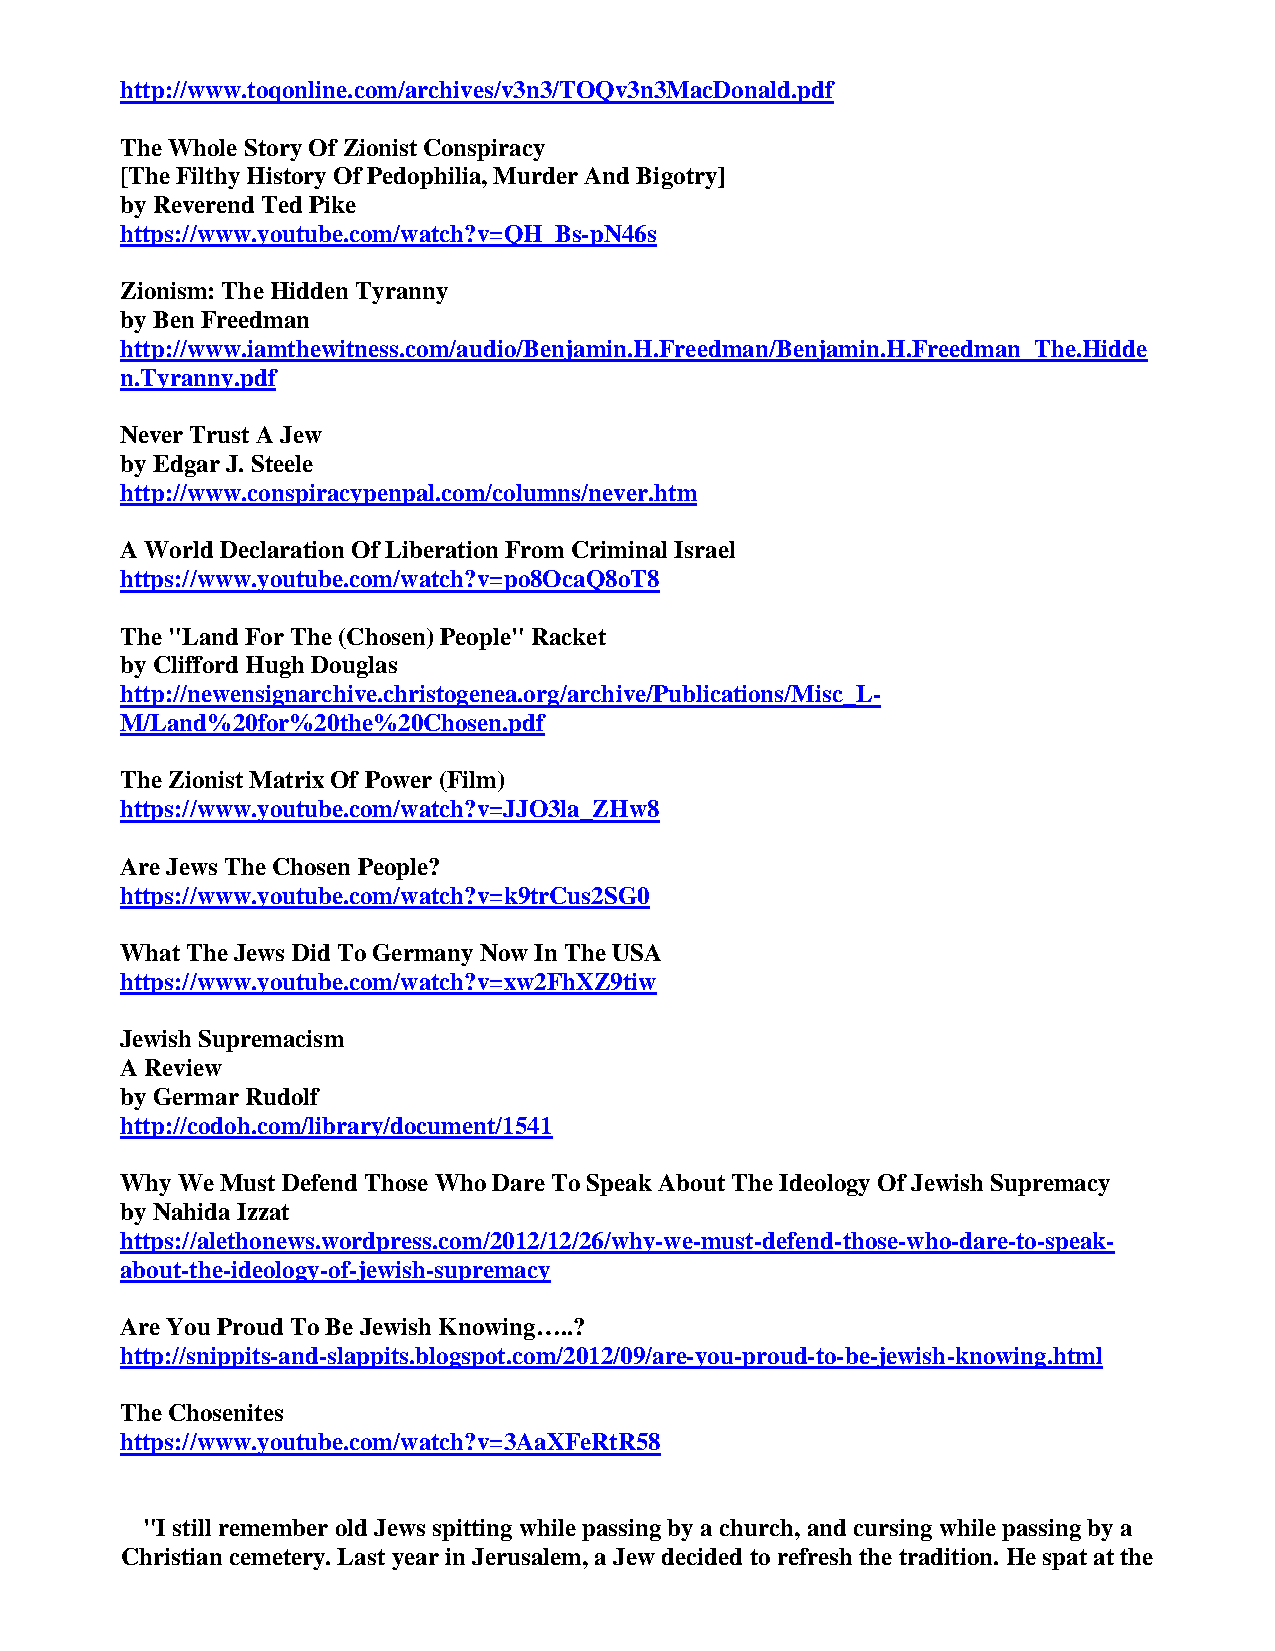
http://www.toqonline.com/archives/v3n3/TOQv3n3MacDonald.pdf
 The Whole Story Of Zionist Conspiracy
 [The Filthy History Of Pedophilia, Murder And Bigotry]
 by Reverend Ted Pike
 https://www.youtube.com/watch?v=QH_Bs-pN46s
 Zionism: The Hidden Tyranny
 by Ben Freedman
 http://www.iamthewitness.com/audio/Benjamin.H.Freedman/Benjamin.H.Freedman_The.Hidde
 n.Tyranny.pdf
 Never Trust A Jew
 by Edgar J. Steele
 http://www.conspiracypenpal.com/columns/never.htm
 A World Declaration Of Liberation From Criminal Israel
 https://www.youtube.com/watch?v=po8OcaQ8oT8
 The "Land For The (Chosen) People" Racket
 by Clifford Hugh Douglas
 http://newensignarchive.christogenea.org/archive/Publications/Misc_L-
 M/Land%20for%20the%20Chosen.pdf
 The Zionist Matrix Of Power (Film)
 https://www.youtube.com/watch?v=JJO3la_ZHw8
 Are Jews The Chosen People?
 https://www.youtube.com/watch?v=k9trCus2SG0
 What The Jews Did To Germany Now In The USA
 https://www.youtube.com/watch?v=xw2FhXZ9tiw
 Jewish Supremacism
 A Review
 by Germar Rudolf
 http://codoh.com/library/document/1541
 Why We Must Defend Those Who Dare To Speak About The Ideology Of Jewish Supremacy
 by Nahida Izzat
 https://alethonews.wordpress.com/2012/12/26/why-we-must-defend-those-who-dare-to-speak-
 about-the-ideology-of-jewish-supremacy
 Are You Proud To Be Jewish Knowing…..?
 http://snippits-and-slappits.blogspot.com/2012/09/are-you-proud-to-be-jewish-knowing.html
 The Chosenites
 https://www.youtube.com/watch?v=3AaXFeRtR58
 "I still remember old Jews spitting while passing by a church, and cursing while passing by a
 Christian cemetery. Last year in Jerusalem, a Jew decided to refresh the tradition. He spat at the